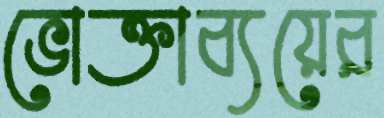
ভোক্তাব্যয়ের